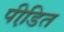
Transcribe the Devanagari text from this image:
पीडि़त